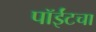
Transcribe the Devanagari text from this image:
पॉईंटचा